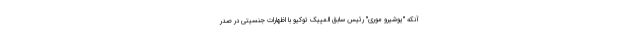
آنکه "یوشیرو موری" رئیس سابق المپیک توکیو با اظهارات جنسیتی در صدر